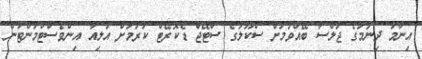
އިނާމު ދިނުމުގެ ޖަލްސާ ބޭއްވުމަށް ސްކޫލުގެ ސްޓޭޖް ޑެކޮރޭޓް ކުރުމަށް އަލިއާ އިންވެސްޓްމަންޓުން